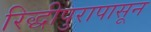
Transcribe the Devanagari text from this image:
रिद्धीपुरापासून